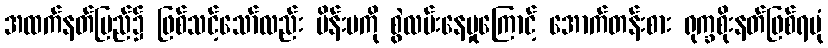
အထက်နတ်ပြည်၌ ဖြစ်သင့်သော်လည်း မိန်းမကို စွဲလမ်းနေမှုကြောင့် အောက်တန်းစား ရုက္ခစိုးနတ်ဖြစ်ရပုံ